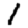
Digit: 1